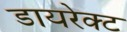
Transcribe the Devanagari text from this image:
डायरेक्‍ट